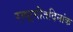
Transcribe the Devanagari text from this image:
राष्ट्रगीतदिनांक